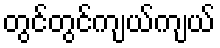
တွင်တွင်ကျယ်ကျယ်